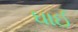
ઘાઈ